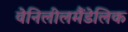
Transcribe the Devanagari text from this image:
वेनिलीलमैंडेलिक